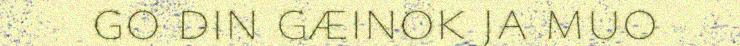
go din gæinok ja muo